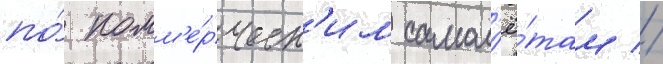
по́ комм'е́рческ'им самол'ё́там //